Vaccine operations Central Provinces 1868-1885 - 1868-1885
Year: 1868
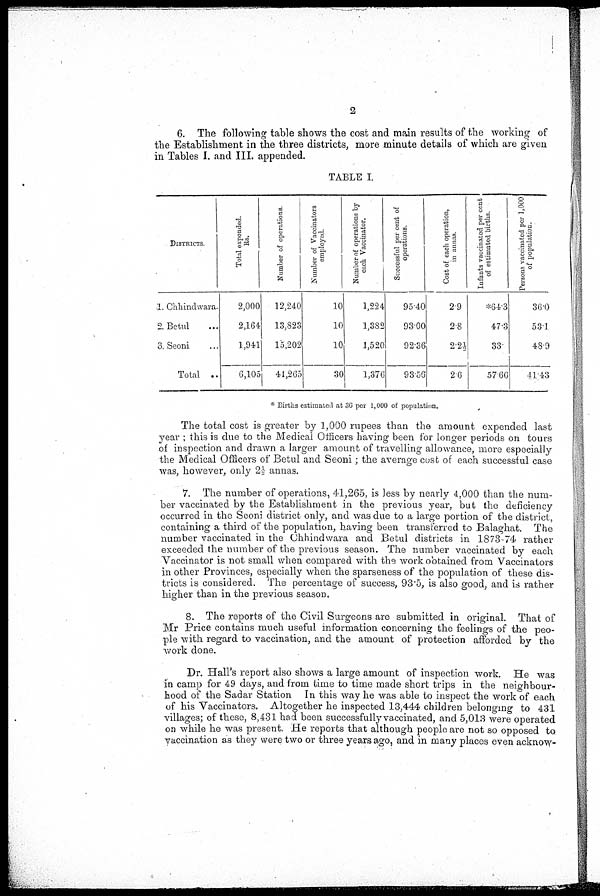
2
6. The following table shows the cost and main results of the working of
the Establishment in the three districts, more minute details of which are given
in Tables I. and III. appended.
TABLE I.
DISTRICTS.
1.
2.
3.
Chhinchwara.
Betul ...
Seoni ...
Total ..
Total exponded.
Rs.
2,000
2,164
1,941
6,105
Number of operations.
12,240
13,823
15,202
41,265
Number of Vaccinators
employed
10
10
10
30
Number of operations by
each Vaccinator.
1,224
1,382
1,520
1,376
Successful per cent of
opciations.
95.40
93.00
92.36
93.56
Cost of each operation,
in annas.
2.9
2.8
2.2½
2.6
Infants vaccinated per cent
of estimated births
*64.3
47.3
33
57.66
Persons vaccinated per 1,000
of population.
36.0
53.1
48.9
41.43
* Births estimated at 36 per 1,000 of population.
The total cost is greater by 1,000 rupees than the amount expended last
year ; this is due to the Medical Officers having been for longer periods on tours
of inspection and drawn a larger amount of travelling allowance, more especially
the Medical Officers of Betul and Seoni; the average cost of each successful case
was, however, only 2½ annas.
7. The number of operations, 41,265, is less by nearly 4,000 than the num-
ber vaccinated by the Establishment in the previous year, but the deficiency
occurred in the Seoni district only, and was due to a large portion of the district,
containing a third of the population, having been transferred to Balaghat. The
number vaccinated in the Chhindwara and Betul districts in 1873-74 rather
exceeded the number of the previous season. The number vaccinated by each
Vaccinator is not small when compared with the work obtained from Vaccinators
in other Provinces, especially when the sparseness of the population of these dis-
tricts is considered. The percentage of success, 93.5, is also good, and is rather
higher than in the previous season.
8. The reports of the Civil Surgeons are submitted in original. That of
Mr Price contains much useful information concerning the feelings of the peo-
ple with regard to vaccination, and the amount of protection afforded by the
work done.
Dr. Hall's report also shows a large amount of inspection work. He was
in camp for 49 days, and from time to time made short trips in the neighbour-
hood of the Sadar Station In this way he was able to inspect the work of each
of his Vaccinators. Altogether he inspected 13,444 children belonging to 431
villages; of these, 8,431 had been successfully vaccinated, and 5,013 were operated
on while he was present. He reports that although people are not so opposed to
vaccination as they were two or three years ago, and in many places even acknow¬